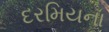
દરમિયના